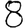
Digit: 8